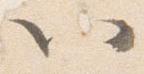
以